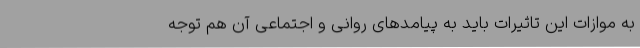
به موازات این تاثیرات باید به پیامدهای روانی و اجتماعی آن هم توجه